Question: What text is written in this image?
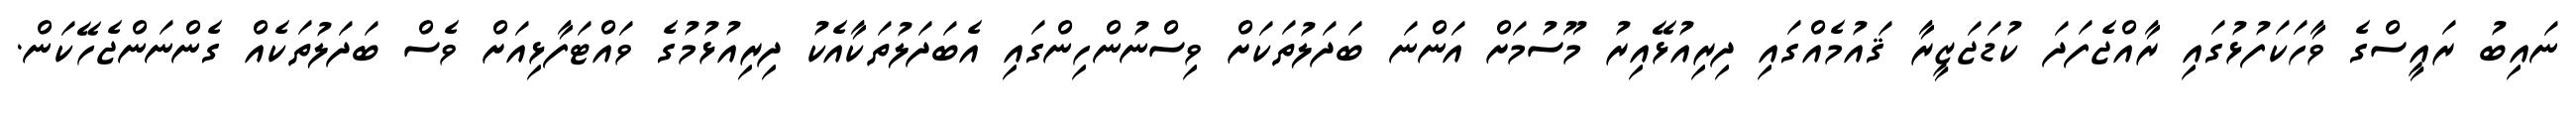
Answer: ނައިބު ރައީސްގެ ވާހަކަފުޅުގައި ރާއްޖެފަދަ ކުޑަޖަޒީރާ ޤައުމެއްގައި ދިރިއުޅޭއިރު މޫސުމަށް އަންނަ ބަދަލުތަކަށް ވިސްނުންހިންގައި އެބަދަލުތަކާއެކު ދިރިއުޅުމުގެ ވައްޓަފާޅިއަށް ވެސް ބަދަލުތަކެއް ގެންނަންޖެހޭކަން.